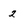
Character: 2